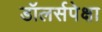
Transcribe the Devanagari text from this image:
डॉलर्सपेक्षा